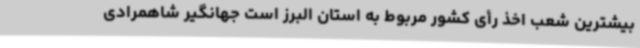
بیشترین شعب اخذ رأی کشور مربوط به استان البرز است جهانگیر شاهمرادی